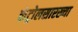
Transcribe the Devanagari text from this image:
कंट्रोलसारख्या